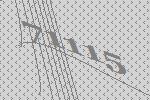
71115